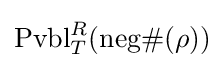
\operatorname {Pvbl} _{T}^{R}({\text{neg}}\#(\rho ))